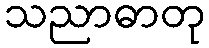
သညာဓာတု